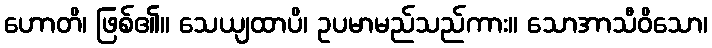
ဟောတိ၊ ဖြစ်၏။ သေယျထာပိ၊ ဥပမာမည်သည်ကား။ သောအာသီဝိသော၊